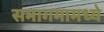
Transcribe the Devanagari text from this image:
समागमामध्ये